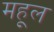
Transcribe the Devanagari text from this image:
महूल